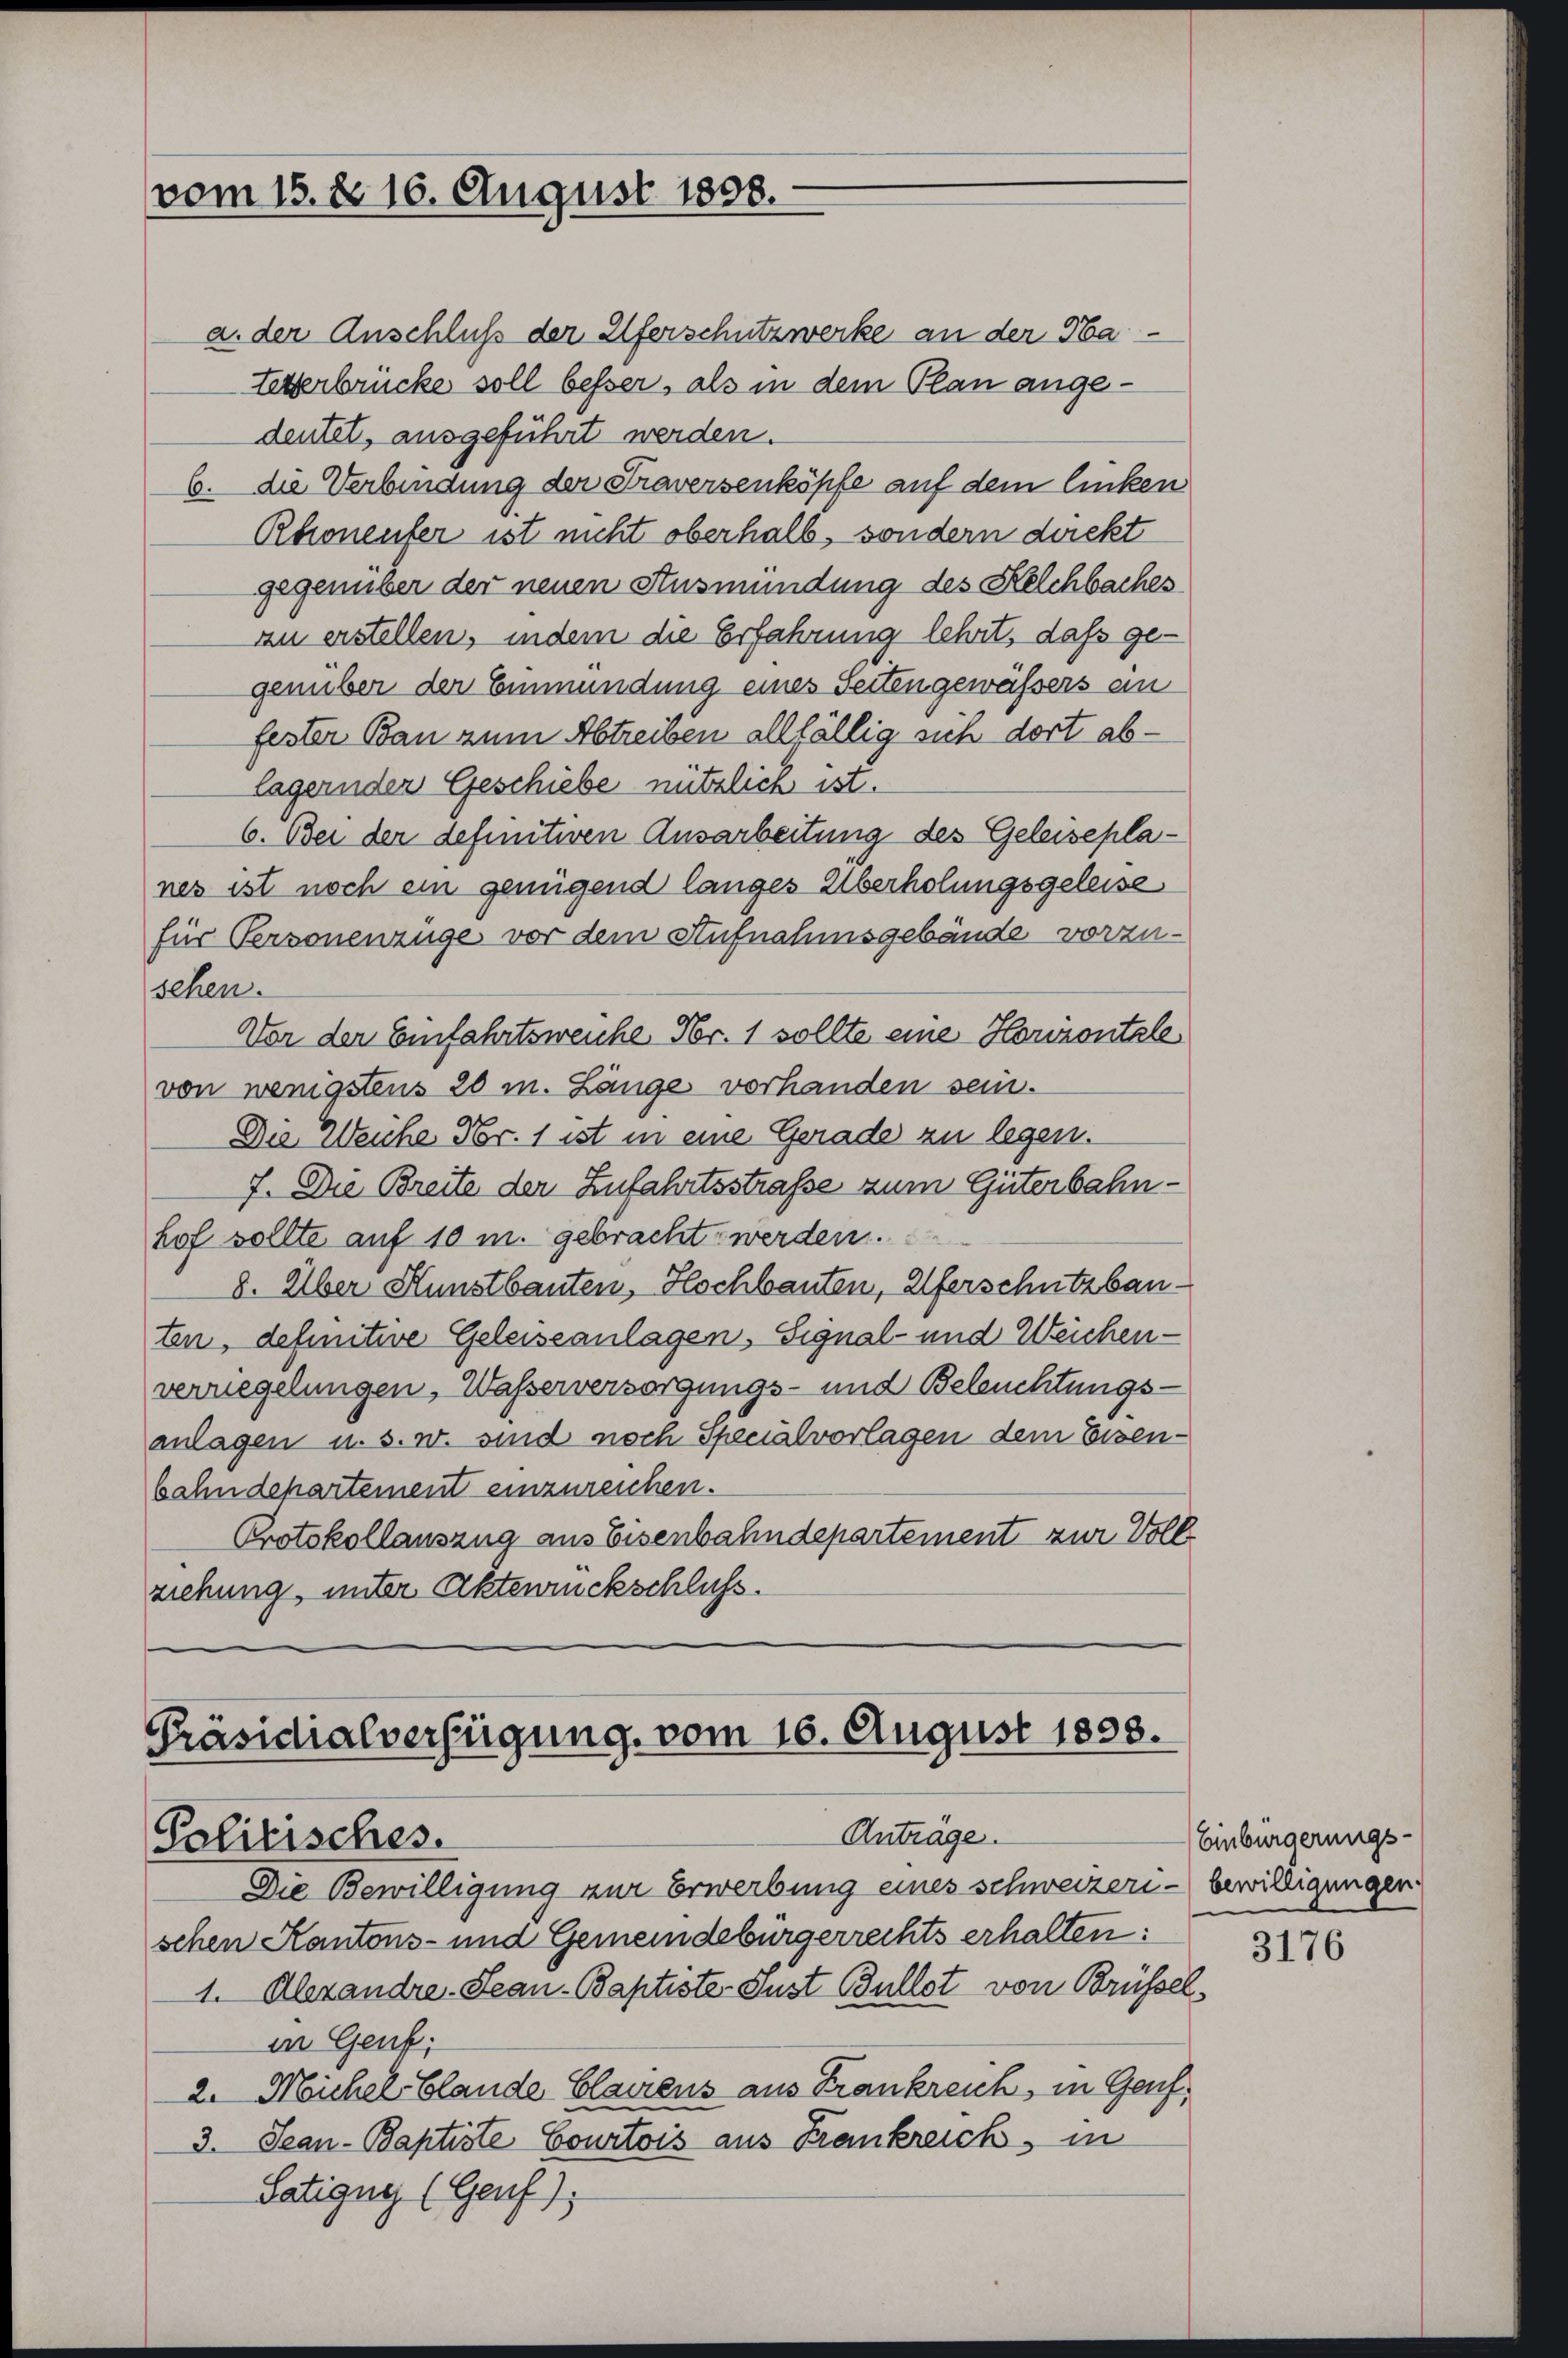
vom 15. d. 16. August 1808.

Präsidialverfügung vom 16. August 1858.
Anträge.
Palitisches.
Die Bewilligung zur Erwerbung eines schweizeri¬

a. der Anschluß der Uferschutzwerke an der Ha
tetterbrücke soll besser, als in dem Plan angedeutet, ausgeführt werden.
6. die Verbindung der Traversenköpfe auf dem linken
Rhonenter ist nicht oberhalb, sondern deckt
gegenüber der neuen Ausmündung des Kelchbaches
zu erstellen, indem die Erfahrung lehrt, daß gegenüber der Einmündung eines Seiten gewässers ein
fester Bau zum Abtreiben allfällig sich dort ablagernder Geschiebe nützlich ist.
6. Bei der definitiven Ausarbeitung des Geleiseplanes ist noch ein genügend langes Überholungsgeleise
für Versonenzüge vor dem Aufnahmsgebäude vorzu-
sehen.
Vor der Einfahrtsweiche Fr. 1 sollte eine Horizontale
von wenigstens 20 m. Länge vorhanden sein.
Die Weiche Nr. 1 ist in eine Gerade zu legen.
7. Die Breite der Zufahrtsstraße zum Güterbahnhof sollte auf 10 m. gebracht werden.
8. Über Kunstbauten, Hochbauten, Uferschutzbauten, definitive Geleiseanlagen, Signal- und Weichen-
verriegelungen, Waßerversorgungs- und Beleuchtungs-
anlagen u. s. w. sind noch Spenalvorlagen dem Eisen-
bahndepartement einzureichen.
Protokollauszug aus Eisenbahndepartement zur Voll
ziehung, unter Aktenrückschluss.

schen Kantons- und Gemeindebürgerrechts erhalten:
1. Alexandre. Seau-Baptiste Sust Bullet von Brüsselin Genf;
2. Michel blande Claviens aus Frankreich, in Genf,
3. Jean - Baptiste Courtois aus Frankreich in
Satignes (Genf)

Einbürgerungs-
bewilligungen
3176